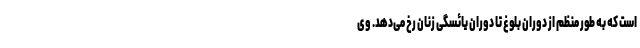
است که به طور منظم از دوران بلوغ تا دوران یائسگی زنان رخ می‌دهد. وی